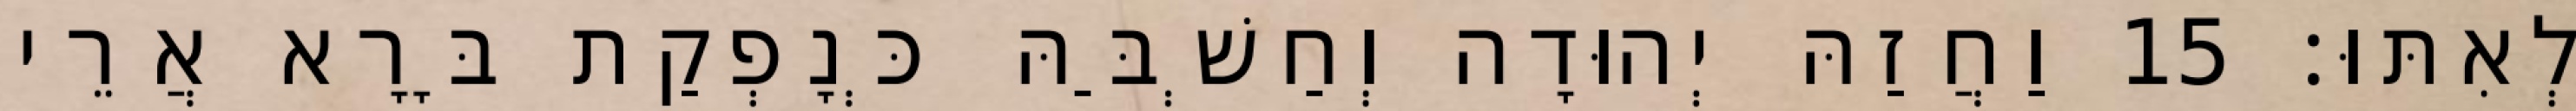
לְאִתּוּ׃ 15 וַחֲזַהּ יְהוּדָה וְחַשְׁבַּהּ כְּנָפְקַת בָּרָא אֲרֵי